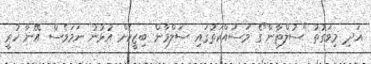
އަދި މިވަގުތު "ސުލްތާން"ގެ މަސައްކަތުގައި ސަލްމާން ބިޒީކޮށް އުޅުނު ނަމަވެސް އޭނާ ހުރީ